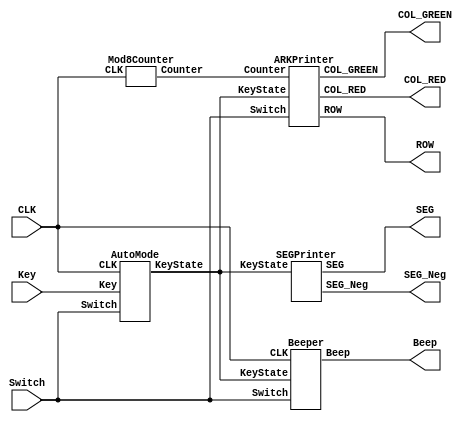
//  LED
//2020.11.15

module ARKLED_Switch_Keys(ROW,COL_RED,COL_GREEN,CLK,Switch,Key,Beep,SEG,SEG_Neg);
	//LED
	output wire [7:0] ROW,COL_RED,COL_GREEN;
	//
	output wire Beep;
	//a~g
	output wire [6:0] SEG;
	//
	output wire [7:0] SEG_Neg;
	// 1MHz
	input CLK;
	//
	input [3:0] Switch;
	//
	input [6:0] Key;
	
	//
	wire [6:0] KeyState;
	//Counter 8
	wire [2:0] Counter;
	
	/*
	assign KeyState = Key;
	*/
	/*
	Debounce m1(CLK,Key,KeyState);
	*/
	AutoMode m1(CLK,Key,KeyState,Switch);
	Mod8Counter m2(Counter,CLK);
	ARKPrinter m3(ROW,COL_RED,COL_GREEN,Counter,Switch,KeyState);
	Beeper m4(CLK,KeyState,Beep,Switch);
	SEGPrinter m5(KeyState,SEG,SEG_Neg);
	
	
	
endmodule

/*
//
module Debounce(CLK,Key,KeyState);
	input	CLK;
	input [6:0] Key;                        //					
	output [6 :0] KeyState;                  //	
 
	reg [6:0] Key_rst_pre;                //
	reg [6:0] Key_rst;                    //
 
	wire [6:0] Key_edge;                   //
 
	//
	always@(posedge CLK) begin
		Key_rst <= Key;                     //keykey_rst,key_rstkey_rst_pre
		Key_rst_pre <= Key_rst;             //key_rstkeykey_rst_prekey   
	end
	assign Key_edge = Key_rst_pre & (~Key_rst);//keykey_edge
 
	reg [20:0] TimeCounter;                       //12MHz20ms18     
 
	//20mskey_edge
	always@(posedge CLK) begin
		if(Key_edge)
			TimeCounter <= 20'h0;
		else
			TimeCounter <= TimeCounter + 1'h1;
	end  
 
	reg     [6:0]   Key_sec_pre;                //
	reg     [6:0]   Key_sec;                    
 
 
	//key
	always@(posedge CLK) begin
		if (TimeCounter==20'h3ffff)
			Key_sec <= Key;  
	end
	always@(posedge CLK) begin               
		Key_sec_pre <= Key_sec;             
	end      
	assign  KeyState = Key_sec_pre & (~Key_sec);
	
endmodule
*/

//8
module Mod8Counter(Counter,CLK);
	output reg [2:0] Counter;
	
	input CLK;
	
	//8
	always@(posedge CLK)begin
		if(Counter == 3'b111)begin
			Counter <= 3'b000;
		end
		else begin
			Counter <= Counter + 1'b1;
		end
	end
endmodule

//LED
module ARKPrinter(ROW,COL_RED,COL_GREEN,Counter,Switch,KeyState);
	output reg [7:0] ROW,COL_RED,COL_GREEN;
	
	input [2:0] Counter;
	input [3:0] Switch;
	
	input [6:0] KeyState;
	
	
	//LED
	reg [7:0] LEDState_ROW [7:0];
	initial begin
		LEDState_ROW[0] = 8'b0111_1111;
		LEDState_ROW[1] = 8'b1011_1111;
		LEDState_ROW[2] = 8'b1101_1111;
		LEDState_ROW[3] = 8'b1110_1111;
		LEDState_ROW[4] = 8'b1111_0111;
		LEDState_ROW[5] = 8'b1111_1011;
		LEDState_ROW[6] = 8'b1111_1101;
		LEDState_ROW[7] = 8'b1111_1110;
	end

	reg [7:0] LEDState_COL_RED [7:0];
	initial begin
		LEDState_COL_RED[0] = 8'b0000_0000;
		LEDState_COL_RED[1] = 8'b0100_0000;
		LEDState_COL_RED[2] = 8'b0110_0000;
		LEDState_COL_RED[3] = 8'b0111_0000;
		LEDState_COL_RED[4] = 8'b0111_1000;
		LEDState_COL_RED[5] = 8'b0111_1100;
		LEDState_COL_RED[6] = 8'b0111_1110;
		LEDState_COL_RED[7] = 8'b0111_1111;
	end

	reg [7:0] LEDState_COL_GREEN [7:0];
	initial begin
		LEDState_COL_GREEN[0] = 8'b0000_0000;
		LEDState_COL_GREEN[1] = 8'b0100_0000;
		LEDState_COL_GREEN[2] = 8'b0110_0000;
		LEDState_COL_GREEN[3] = 8'b0111_0000;
		LEDState_COL_GREEN[4] = 8'b0111_1000;
		LEDState_COL_GREEN[5] = 8'b0111_1100;
		LEDState_COL_GREEN[6] = 8'b0111_1110;
		LEDState_COL_GREEN[7] = 8'b0111_1111;
	end

	reg [7:0] ZeroBits;
	initial begin
		ZeroBits = 8'b0000_0000;
	end
	
	//Control LED When Pressing Keys
	always@(KeyState) begin
		//do
		if(KeyState == 7'b1000000) begin
			LEDState_COL_RED[0] = 8'b0000_0000;
			LEDState_COL_RED[1] = 8'b0100_0000;
			LEDState_COL_RED[2] = 8'b0110_0000;
			LEDState_COL_RED[3] = 8'b0111_0000;
			LEDState_COL_RED[4] = 8'b0111_1000;
			LEDState_COL_RED[5] = 8'b0111_1100;
			LEDState_COL_RED[6] = 8'b0111_1110;
			LEDState_COL_RED[7] = 8'b0111_1110;
			
			LEDState_COL_GREEN[0] = 8'b0000_0000;
			LEDState_COL_GREEN[1] = 8'b0100_0000;
			LEDState_COL_GREEN[2] = 8'b0110_0000;
			LEDState_COL_GREEN[3] = 8'b0111_0000;
			LEDState_COL_GREEN[4] = 8'b0111_1000;
			LEDState_COL_GREEN[5] = 8'b0111_1100;
			LEDState_COL_GREEN[6] = 8'b0111_1110;
			LEDState_COL_GREEN[7] = 8'b0111_1110;
		end
		//re
		else if(KeyState == 7'b0100000) begin
			LEDState_COL_RED[0] = 8'b0000_0000;
			LEDState_COL_RED[1] = 8'b0100_0000;
			LEDState_COL_RED[2] = 8'b0110_0000;
			LEDState_COL_RED[3] = 8'b0111_0000;
			LEDState_COL_RED[4] = 8'b0111_1000;
			LEDState_COL_RED[5] = 8'b0111_1100;
			LEDState_COL_RED[6] = 8'b0111_1100;
			LEDState_COL_RED[7] = 8'b0111_1101;
			
			LEDState_COL_GREEN[0] = 8'b0000_0000;
			LEDState_COL_GREEN[1] = 8'b0100_0000;
			LEDState_COL_GREEN[2] = 8'b0110_0000;
			LEDState_COL_GREEN[3] = 8'b0111_0000;
			LEDState_COL_GREEN[4] = 8'b0111_1000;
			LEDState_COL_GREEN[5] = 8'b0111_1100;
			LEDState_COL_GREEN[6] = 8'b0111_1100;
			LEDState_COL_GREEN[7] = 8'b0111_1101;
		end
		//mi
		else if(KeyState == 7'b0010000) begin
			LEDState_COL_RED[0] = 8'b0000_0000;
			LEDState_COL_RED[1] = 8'b0100_0000;
			LEDState_COL_RED[2] = 8'b0110_0000;
			LEDState_COL_RED[3] = 8'b0111_0000;
			LEDState_COL_RED[4] = 8'b0111_1000;
			LEDState_COL_RED[5] = 8'b0111_1000;
			LEDState_COL_RED[6] = 8'b0111_1010;
			LEDState_COL_RED[7] = 8'b0111_1011;
			
			LEDState_COL_GREEN[0] = 8'b0000_0000;
			LEDState_COL_GREEN[1] = 8'b0100_0000;
			LEDState_COL_GREEN[2] = 8'b0110_0000;
			LEDState_COL_GREEN[3] = 8'b0111_0000;
			LEDState_COL_GREEN[4] = 8'b0111_1000;
			LEDState_COL_GREEN[5] = 8'b0111_1000;
			LEDState_COL_GREEN[6] = 8'b0111_1010;
			LEDState_COL_GREEN[7] = 8'b0111_1011;
		end
		//fa
		else if(KeyState == 7'b0001000) begin
			LEDState_COL_RED[0] = 8'b0000_0000;
			LEDState_COL_RED[1] = 8'b0100_0000;
			LEDState_COL_RED[2] = 8'b0110_0000;
			LEDState_COL_RED[3] = 8'b0111_0000;
			LEDState_COL_RED[4] = 8'b0111_0000;
			LEDState_COL_RED[5] = 8'b0111_0100;
			LEDState_COL_RED[6] = 8'b0111_0110;
			LEDState_COL_RED[7] = 8'b0111_0111;
			
			LEDState_COL_GREEN[0] = 8'b0000_0000;
			LEDState_COL_GREEN[1] = 8'b0100_0000;
			LEDState_COL_GREEN[2] = 8'b0110_0000;
			LEDState_COL_GREEN[3] = 8'b0111_0000;
			LEDState_COL_GREEN[4] = 8'b0111_0000;
			LEDState_COL_GREEN[5] = 8'b0111_0100;
			LEDState_COL_GREEN[6] = 8'b0111_0110;
			LEDState_COL_GREEN[7] = 8'b0111_0111;
		end
		//so
		else if(KeyState == 7'b0000100) begin
			LEDState_COL_RED[0] = 8'b0000_0000;
			LEDState_COL_RED[1] = 8'b0100_0000;
			LEDState_COL_RED[2] = 8'b0110_0000;
			LEDState_COL_RED[3] = 8'b0110_0000;
			LEDState_COL_RED[4] = 8'b0110_1000;
			LEDState_COL_RED[5] = 8'b0110_1100;
			LEDState_COL_RED[6] = 8'b0110_1110;
			LEDState_COL_RED[7] = 8'b0110_1111;
			
			LEDState_COL_GREEN[0] = 8'b0000_0000;
			LEDState_COL_GREEN[1] = 8'b0100_0000;
			LEDState_COL_GREEN[2] = 8'b0110_0000;
			LEDState_COL_GREEN[3] = 8'b0110_0000;
			LEDState_COL_GREEN[4] = 8'b0110_1000;
			LEDState_COL_GREEN[5] = 8'b0110_1100;
			LEDState_COL_GREEN[6] = 8'b0110_1110;
			LEDState_COL_GREEN[7] = 8'b0110_1111;
		end
		//la
		else if(KeyState == 7'b0000010) begin
			LEDState_COL_RED[0] = 8'b0000_0000;
			LEDState_COL_RED[1] = 8'b0100_0000;
			LEDState_COL_RED[2] = 8'b0100_0000;
			LEDState_COL_RED[3] = 8'b0101_0000;
			LEDState_COL_RED[4] = 8'b0101_1000;
			LEDState_COL_RED[5] = 8'b0101_1100;
			LEDState_COL_RED[6] = 8'b0101_1110;
			LEDState_COL_RED[7] = 8'b0101_1111;
			
			LEDState_COL_GREEN[0] = 8'b0000_0000;
			LEDState_COL_GREEN[1] = 8'b0100_0000;
			LEDState_COL_GREEN[2] = 8'b0100_0000;
			LEDState_COL_GREEN[3] = 8'b0101_0000;
			LEDState_COL_GREEN[4] = 8'b0101_1000;
			LEDState_COL_GREEN[5] = 8'b0101_1100;
			LEDState_COL_GREEN[6] = 8'b0101_1110;
			LEDState_COL_GREEN[7] = 8'b0101_1111;
		end
		//xi
		else if(KeyState == 7'b0000001) begin
			LEDState_COL_RED[0] = 8'b0000_0000;
			LEDState_COL_RED[1] = 8'b0000_0000;
			LEDState_COL_RED[2] = 8'b0010_0000;
			LEDState_COL_RED[3] = 8'b0011_0000;
			LEDState_COL_RED[4] = 8'b0011_1000;
			LEDState_COL_RED[5] = 8'b0011_1100;
			LEDState_COL_RED[6] = 8'b0011_1110;
			LEDState_COL_RED[7] = 8'b0011_1111;
			
			LEDState_COL_GREEN[0] = 8'b0000_0000;
			LEDState_COL_GREEN[1] = 8'b0000_0000;
			LEDState_COL_GREEN[2] = 8'b0010_0000;
			LEDState_COL_GREEN[3] = 8'b0011_0000;
			LEDState_COL_GREEN[4] = 8'b0011_1000;
			LEDState_COL_GREEN[5] = 8'b0011_1100;
			LEDState_COL_GREEN[6] = 8'b0011_1110;
			LEDState_COL_GREEN[7] = 8'b0011_1111;
		end
		//Reset
		else begin
			LEDState_COL_RED[0] = 8'b0000_0000;
			LEDState_COL_RED[1] = 8'b0100_0000;
			LEDState_COL_RED[2] = 8'b0110_0000;
			LEDState_COL_RED[3] = 8'b0111_0000;
			LEDState_COL_RED[4] = 8'b0111_1000;
			LEDState_COL_RED[5] = 8'b0111_1100;
			LEDState_COL_RED[6] = 8'b0111_1110;
			LEDState_COL_RED[7] = 8'b0111_1111;
			
			LEDState_COL_GREEN[0] = 8'b0000_0000;
			LEDState_COL_GREEN[1] = 8'b0100_0000;
			LEDState_COL_GREEN[2] = 8'b0110_0000;
			LEDState_COL_GREEN[3] = 8'b0111_0000;
			LEDState_COL_GREEN[4] = 8'b0111_1000;
			LEDState_COL_GREEN[5] = 8'b0111_1100;
			LEDState_COL_GREEN[6] = 8'b0111_1110;
			LEDState_COL_GREEN[7] = 8'b0111_1111;
		end
	end
	
	
	always@(Counter)begin
		//High
		if(Switch == 4'b0100) begin
			case(Counter)
			3'b111 : begin ROW <= LEDState_ROW[0]; COL_RED <= LEDState_COL_RED[0]; COL_GREEN <= LEDState_COL_GREEN[0]; end
			3'b110 : begin ROW <= LEDState_ROW[1]; COL_RED <= LEDState_COL_RED[1]; COL_GREEN <= LEDState_COL_GREEN[1]; end
			3'b101 : begin ROW <= LEDState_ROW[2]; COL_RED <= LEDState_COL_RED[2]; COL_GREEN <= LEDState_COL_GREEN[2]; end
			3'b100 : begin ROW <= LEDState_ROW[3]; COL_RED <= LEDState_COL_RED[3]; COL_GREEN <= LEDState_COL_GREEN[3]; end
			3'b011 : begin ROW <= LEDState_ROW[4]; COL_RED <= LEDState_COL_RED[4]; COL_GREEN <= LEDState_COL_GREEN[4]; end
			3'b010 : begin ROW <= LEDState_ROW[5]; COL_RED <= LEDState_COL_RED[5]; COL_GREEN <= LEDState_COL_GREEN[5]; end
			3'b001 : begin ROW <= LEDState_ROW[6]; COL_RED <= LEDState_COL_RED[6]; COL_GREEN <= LEDState_COL_GREEN[6]; end
			3'b000 : begin ROW <= LEDState_ROW[7]; COL_RED <= LEDState_COL_RED[7]; COL_GREEN <= LEDState_COL_GREEN[7]; end
			endcase
		end
		//Mid
		else if(Switch == 4'b0010) begin
			case(Counter)
			3'b111 : begin ROW <= LEDState_ROW[0]; COL_RED <= LEDState_COL_RED[0]; COL_GREEN <= ZeroBits; end
			3'b110 : begin ROW <= LEDState_ROW[1]; COL_RED <= LEDState_COL_RED[1]; COL_GREEN <= ZeroBits; end
			3'b101 : begin ROW <= LEDState_ROW[2]; COL_RED <= LEDState_COL_RED[2]; COL_GREEN <= ZeroBits; end
			3'b100 : begin ROW <= LEDState_ROW[3]; COL_RED <= LEDState_COL_RED[3]; COL_GREEN <= ZeroBits; end
			3'b011 : begin ROW <= LEDState_ROW[4]; COL_RED <= LEDState_COL_RED[4]; COL_GREEN <= ZeroBits; end
			3'b010 : begin ROW <= LEDState_ROW[5]; COL_RED <= LEDState_COL_RED[5]; COL_GREEN <= ZeroBits; end
			3'b001 : begin ROW <= LEDState_ROW[6]; COL_RED <= LEDState_COL_RED[6]; COL_GREEN <= ZeroBits; end
			3'b000 : begin ROW <= LEDState_ROW[7]; COL_RED <= LEDState_COL_RED[7]; COL_GREEN <= ZeroBits; end
			endcase
		end
		//Low and Auto
		else if(Switch == 4'b0001 || Switch == 4'b1000) begin
			case(Counter)
			3'b111 : begin ROW <= LEDState_ROW[0]; COL_RED <= ZeroBits; COL_GREEN <= LEDState_COL_GREEN[0]; end
			3'b110 : begin ROW <= LEDState_ROW[1]; COL_RED <= ZeroBits; COL_GREEN <= LEDState_COL_GREEN[1]; end
			3'b101 : begin ROW <= LEDState_ROW[2]; COL_RED <= ZeroBits; COL_GREEN <= LEDState_COL_GREEN[2]; end
			3'b100 : begin ROW <= LEDState_ROW[3]; COL_RED <= ZeroBits; COL_GREEN <= LEDState_COL_GREEN[3]; end
			3'b011 : begin ROW <= LEDState_ROW[4]; COL_RED <= ZeroBits; COL_GREEN <= LEDState_COL_GREEN[4]; end
			3'b010 : begin ROW <= LEDState_ROW[5]; COL_RED <= ZeroBits; COL_GREEN <= LEDState_COL_GREEN[5]; end
			3'b001 : begin ROW <= LEDState_ROW[6]; COL_RED <= ZeroBits; COL_GREEN <= LEDState_COL_GREEN[6]; end
			3'b000 : begin ROW <= LEDState_ROW[7]; COL_RED <= ZeroBits; COL_GREEN <= LEDState_COL_GREEN[7]; end
			endcase
		end
		//Zero
		else begin
			case(Counter)
			3'b111 : begin ROW <= LEDState_ROW[0]; COL_RED <= ZeroBits; COL_GREEN <= ZeroBits; end
			3'b110 : begin ROW <= LEDState_ROW[1]; COL_RED <= ZeroBits; COL_GREEN <= ZeroBits; end
			3'b101 : begin ROW <= LEDState_ROW[2]; COL_RED <= ZeroBits; COL_GREEN <= ZeroBits; end
			3'b100 : begin ROW <= LEDState_ROW[3]; COL_RED <= ZeroBits; COL_GREEN <= ZeroBits; end
			3'b011 : begin ROW <= LEDState_ROW[4]; COL_RED <= ZeroBits; COL_GREEN <= ZeroBits; end
			3'b010 : begin ROW <= LEDState_ROW[5]; COL_RED <= ZeroBits; COL_GREEN <= ZeroBits; end
			3'b001 : begin ROW <= LEDState_ROW[6]; COL_RED <= ZeroBits; COL_GREEN <= ZeroBits; end
			3'b000 : begin ROW <= LEDState_ROW[7]; COL_RED <= ZeroBits; COL_GREEN <= ZeroBits; end
			endcase
		end
	end
	
	/*
	always@(Counter)begin
		case(Counter)
		3'b111 : begin ROW <= 8'b01111111; COL_RED <= 8'b00000000; COL_GREEN <= 8'b00000000; end
		3'b110 : begin ROW <= 8'b10111111; COL_RED <= 8'b01000000; COL_GREEN <= 8'b01000000; end
		3'b101 : begin ROW <= 8'b11011111; COL_RED <= 8'b01100000; COL_GREEN <= 8'b01100000; end
		3'b100 : begin ROW <= 8'b11101111; COL_RED <= 8'b01110000; COL_GREEN <= 8'b01110000; end
		3'b011 : begin ROW <= 8'b11110111; COL_RED <= 8'b01111000; COL_GREEN <= 8'b01111000; end
		3'b010 : begin ROW <= 8'b11111011; COL_RED <= 8'b01111100; COL_GREEN <= 8'b01111100; end
		3'b001 : begin ROW <= 8'b11111101; COL_RED <= 8'b01111110; COL_GREEN <= 8'b01111110; end
		3'b000 : begin ROW <= 8'b11111110; COL_RED <= 8'b01111111; COL_GREEN <= 8'b01111111; end
		endcase
	end
	*/
endmodule

//
module Beeper(CLK,KeyState,Beep,Switch);
	input CLK;
	input [6:0] KeyState;
	input [3:0] Switch;
	
	output reg Beep;
	
	reg [19:0] f;
	reg [3:0] Counter;
	
	initial begin
		Beep <= 1'b0;
		f <= 19'h0;
		Counter <= 19'h0;
	end
	
	//
	always@(posedge CLK) begin
		if(Counter == f) begin
			Counter <= 19'b0;
		end
		else begin
			Counter <= Counter + 1'b1;
		end
	end
	
	//Beep
	always@(posedge CLK) begin
		if(Counter == f) begin
			Beep <= ~Beep;
		end
		else begin
			Beep <= Beep;
		end
	end
	
	always@(KeyState,Switch) begin
		//
		if(Switch == 4'b0001) begin
			case(KeyState)
				7'b1000000 : f <= 19'b11101110111;
				7'b0100000 : f <= 19'b11010100111;
				7'b0010000 : f <= 19'b10111101101;
				7'b0001000 : f <= 19'b10110011000;
				7'b0000100 : f <= 19'b10011111100;
				7'b0000010 : f <= 19'b10001110000;
				7'b0000001 : f <= 19'b1111110100;
				default : f <= 19'b0;
			endcase
		end
		//
		else if(Switch == 4'b0010) begin
			case(KeyState)
				7'b1000000 : f <= 19'b1110111100;
				7'b0100000 : f <= 19'b1110111100;
				7'b0010000 : f <= 19'b1011110110;
				7'b0001000 : f <= 19'b1011001100;
				7'b0000100 : f <= 19'b1001111110;
				7'b0000010 : f <= 19'b1000111000;
				7'b0000001 : f <= 19'b111111010;
				default : f <= 19'b0;
			endcase
		end
		//
		else if(Switch == 4'b0100) begin
			case(KeyState)
				7'b1000000 : f <= 19'b111011110;
				7'b0100000 : f <= 19'b110101010;
				7'b0010000 : f <= 19'b101111011;
				7'b0001000 : f <= 19'b101100110;
				7'b0000100 : f <= 19'b100111111;
				7'b0000010 : f <= 19'b100011100;
				7'b0000001 : f <= 19'b11111101;
				default : f <= 19'b0;
			endcase
		end
		//
		else if(Switch == 4'b1000) begin
			case(KeyState)
				7'b1000000 : f <= 19'b11101110111;
				7'b0100000 : f <= 19'b11010100111;
				7'b0010000 : f <= 19'b10111101101;
				7'b0001000 : f <= 19'b10110011000;
				7'b0000100 : f <= 19'b10011111100;
				7'b0000010 : f <= 19'b10001110000;
				7'b0000001 : f <= 19'b1111110100;
				default : f <= 19'b0;
			endcase
		end
		else begin
			f <= 19'h0;
		end
	end
endmodule

//
module SEGPrinter(KeyState,SEG,SEG_Neg);
	input [6:0] KeyState;
	
	output reg [6:0] SEG;
	output reg [7:0] SEG_Neg;
	
	always@(KeyState) begin
		case(KeyState)
			7'b1000000 : SEG <= 7'b0110000;
			7'b0100000 : SEG <= 7'b1101101;
			7'b0010000 : SEG <= 7'b1111001;
			7'b0001000 : SEG <= 7'b0110011;
			7'b0000100 : SEG <= 7'b1011011;
			7'b0000010 : SEG <= 7'b1011111;
			7'b0000001 : SEG <= 7'b1110000;
			default : SEG <= 7'b0000000;
		endcase
		SEG_Neg <= 8'b01111111;
	end
endmodule

//
module AutoMode(CLK,Key,KeyState,Switch);
	input CLK;
	input [3:0] Switch;
	input [6:0] Key;
	
	output reg [6:0] KeyState;
	
	reg [3:0] BeatsCounter;
	
	initial BeatsCounter = 4'b0000;
	
	reg FullBeats;
	reg [19:0] Timer;
	
	//0.25s
	always@(posedge CLK) begin
		if(Timer == 20'h3d090) begin
			Timer <= 20'h0;
			FullBeats <= 1'b1;
		end
		else begin
			FullBeats <= 1'b0;
			Timer <= Timer + 1'b1;
		end
	end

	//
	always@(FullBeats) begin
		if(FullBeats == 1'b1) begin
			if(BeatsCounter == 4'b1111) begin
				BeatsCounter = 4'b0000;
			end
			else begin
				BeatsCounter = BeatsCounter + 1'b1;
			end
		end
	end
	
	//
	always@(*) begin
		if(Switch != 4'b1000)begin
			KeyState = Key;
		end
		else begin
			case(BeatsCounter)
				4'b0000 : KeyState <= 7'b1000000;
				4'b0001 : KeyState <= 7'b1000000; 
				4'b0010 : KeyState <= 7'b0000100; 
				4'b0011 : KeyState <= 7'b0000100; 
				4'b0100 : KeyState <= 7'b0000010; 
				4'b0101 : KeyState <= 7'b0000010; 
				4'b0110 : KeyState <= 7'b0000100; 
				4'b0111 : KeyState <= 7'b0000100; 
				4'b1000 : KeyState <= 7'b0001000; 
				4'b1001 : KeyState <= 7'b0001000;
				4'b1010 : KeyState <= 7'b0010000; 
				4'b1011 : KeyState <= 7'b0010000; 
				4'b1100 : KeyState <= 7'b0100000; 
				4'b1101 : KeyState <= 7'b0100000; 
				4'b1110 : KeyState <= 7'b1000000; 
				4'b1111 : KeyState <= 7'b1000000; 
				default : KeyState <= 7'b0000000;
			endcase
		end
	end
endmodule